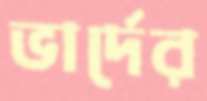
ভার্দের